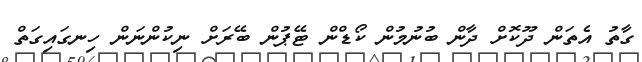
ގާތު އެތަން ދޫކޮށް ދާން ބުނުމުން ކޯޑްން ޓޭޕުން ބޭރަށް ނިކުންނަން ހިނގައިގަތް